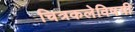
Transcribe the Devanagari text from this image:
चित्रकलेविषयी